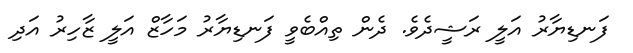
ފަނޑިޔާރު އަލީ ރަޝީދެވެ. ދެން ތިއްބެވީ ފަނޑިޔާރު މަހާޒް އަލީ ޒާހިރު އަދި